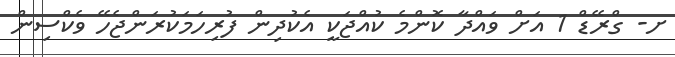
ށ- ގްރޭޑް 1 އަށް ވައްދާ ކޮންމެ ކުއްޖަކީ އެކުދިން ފުރިހަމަކުރަންޖެހޭ ވެކްސިން